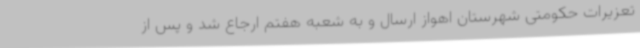
تعزیرات حکومتی شهرستان اهواز ارسال و به شعبه هفتم ارجاع شد و پس از